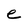
Character: e